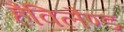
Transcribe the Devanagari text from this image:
हैविलैण्ड